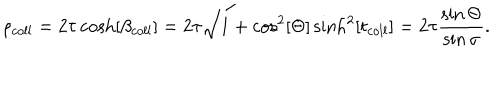
\rho _ { c o l l } = 2 \tau \cosh [ \beta _ { c o l l } ] = 2 \tau \sqrt { 1 + \cos ^ { 2 } [ \Theta ] \sinh ^ { 2 } [ t _ { c o l l } ] } = 2 \tau \frac { \sin \Theta } { \sin \sigma } .